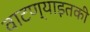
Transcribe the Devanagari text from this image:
वाटण्याइतकी